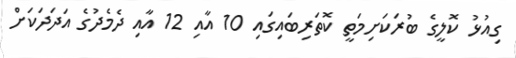
ގިއުޅު ކޮލީގެ ބުރަކަށިމަތީ ކޮތަރިބައިގައި 10 އާއި 12 އާއި ދެމެދުގެ އަދަދަކަށް